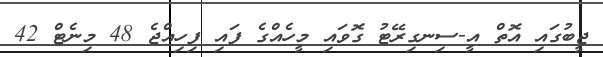
ޖީބުގައި އޮތް އީ-ސިނގިރޭޓު ގޮވައި މީހެއްގެ ފައި ފިހިއްޖެ 48 މިނެޓް 42